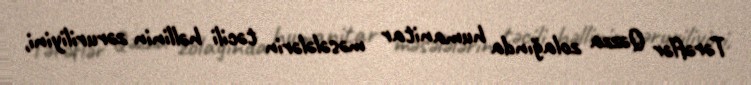
Tərəflər Qəzza zolağında humanitar məsələlərin təcili həllinin zəruriliyini,